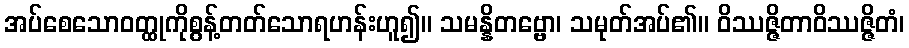
အပ်စေသောဝတ္ထုကိုစွန့်တတ်သောရဟန်းဟူ၍။ သမန္နိတဗ္ဗော၊ သမုတ်အပ်၏။ ဝိဿဇ္ဇိတာဝိဿဇ္ဇိတံ၊